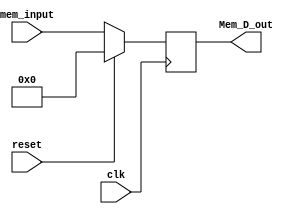
`timescale 1ns / 1ps
//////////////////////////////////////////////////////////////////////////////////
// Company: 
// Engineer: 
// 
// Design Name: 
// Module Name:    MEM_D_reg 
// Project Name: 
// Target Devices: 
// Tool versions: 
// Description: 
//
// Dependencies: 
//
// Revision: 
// Revision 0.01 - File Created
// Additional Comments: 
//
//////////////////////////////////////////////////////////////////////////////////
module MEM_D_reg( mem_input, Mem_D_out, reset, clk
    );
	 
	 input [31:0] mem_input;
	 input reset, clk;
	 output reg [31:0] Mem_D_out;

	always@(posedge clk)
		begin
			if(reset)
			begin
			Mem_D_out <= 32'd0;
			end
			
			else
			begin
			Mem_D_out <= mem_input;
			end
		end
endmodule